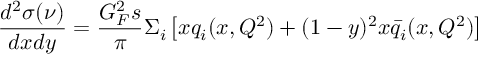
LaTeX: \frac { d ^ { 2 } \sigma ( \nu ) } { d x d y } = \frac { G _ { F } ^ { 2 } s } { \pi } \Sigma _ { i } \left[ x q _ { i } ( x , Q ^ { 2 } ) + ( 1 - y ) ^ { 2 } x \bar { q } _ { i } ( x , Q ^ { 2 } ) \right]